Indian journal of veterinary science and animal husbandry - Volumes 18-21, 1948-1951
Year: 1948
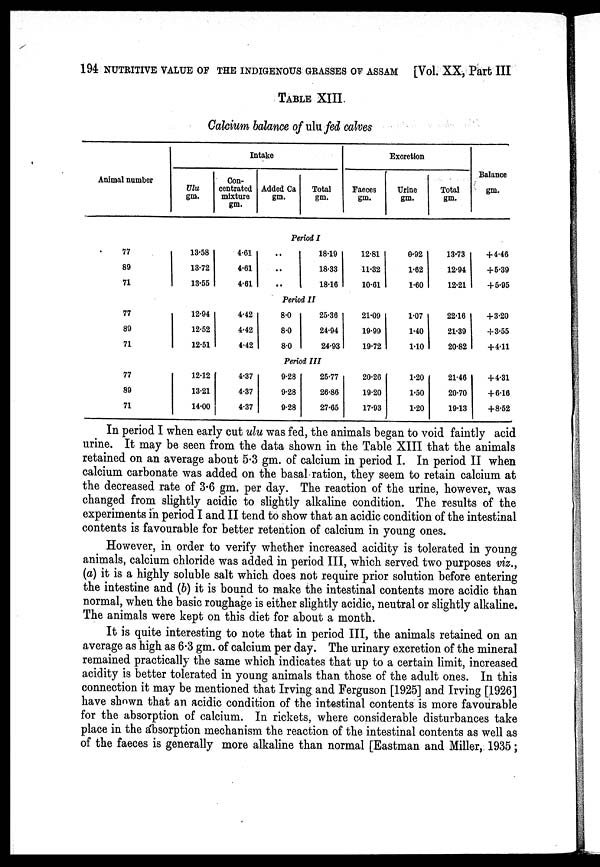
194 NUTRITIVE VALUE OF THE INDIGENOUS GRASSES OF ASSAM [Vol. XX, Part III
TABLE XIII.
Calcium balance of ulu fed calves
Animal number
Intak
Ulu
gm.
Con-
centrated
mixture
gm.
Added Ca
gm.
Total
gm.
Excretion
Faeces
gm.
Urine
gm.
Total
gm.
Balance
gm.
Period I
77
89
71
13.58
13.72
13.55
4.61
4.61
4.61
..
..
..
18.19
18.33
18.16
12.81
11.32
10.61
0.92
1.62
1.60
13.73
12.94
12.21
+4.46
+ 5.39
+ 5.95
Period II
77
89
71
12.94
12.52
12.51
4.42
4.42
4.42
8.0
8.0
8.0
25.36
24.94
24.93
21.09
19.99
19.72
1.07
1.40
1.10
22.16
21.39
20.82
+ 3.20
+ 3.55
+ 4.11
Period III
77
89
71
12.12
13.21
14.00
4.37
4.37
4.37
9.28
9.28
9.28
25.77
26.86
27.65
20.26
19.20
17.93
1.20
1.50
1.20
21.46
20.70
19.13
+ 4.31
+ 6.16
+8.52
In period I when early cut ulu was fed, the animals began to void faintly acid
urine. It may be seen from the data shown in the Table XIII that the animals
retained on an average about 5.3 gm. of calcium in period I. In period II when
calcium carbonate was added on the basal ration, they seem to retain calcium at
the decreased rate of 3.6 gm. per day. The reaction of the urine, however, was
changed from slightly acidic to slightly alkaline condition. The results of the
experiments in period I and II tend to show that an acidic condition of the intestinal
contents is favourable for better retention of calcium in young ones.
However, in order to verify whether increased acidity is tolerated in young
animals, calcium chloride was added in period III, which served two purposes viz.,
(a) it is a highly soluble salt which does not require prior solution before entering
the intestine and (b) it is bound to make the intestinal contents more acidic than
normal, when the basic roughage is either slightly acidic, neutral or slightly alkaline.
The animals were kept on this diet for about a month.
It is quite interesting to note that in period III, the animals retained on an
average as high as 6.3 gm. of calcium per day. The urinary excretion of the mineral
remained practically the same which indicates that up to a certain limit, increased
acidity is better tolerated in young animals than those of the adult ones. In this
connection it may be mentioned that Irving and Ferguson [1925] and Irving [1926]
have shown that an acidic condition of the intestinal contents is more favourable
for the absorption of calcium. In rickets, where considerable disturbances take
place in the absorption mechanism the reaction of the intestinal contents as well as
of the faeces is generally more alkaline than normal [Eastman and Miller, 1935 ;